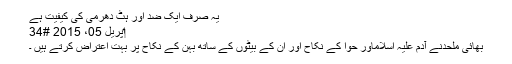
یہ صرف ایک ضد اور ہٹ دھرمی کی کیفیت ہے
‏اپریل 05، 2015 #34
بھائی ملحدنے آدم علیہ اسلاماور حوا کے نکاح اور ان کے بیٹوں کے ساتھ بہن کے نکاح پر بہت اعتراض کرتے ہیں ۔